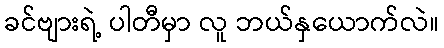
ခင်ဗျားရဲ့ ပါတီမှာ လူ ဘယ်နှယောက်လဲ။